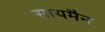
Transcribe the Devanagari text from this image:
सायमैन